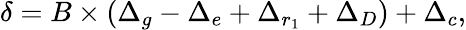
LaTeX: \delta=B\times(\Delta_{g}-\Delta_{e}+\Delta_{r_{1}}+\Delta_{D})+\Delta_{c},